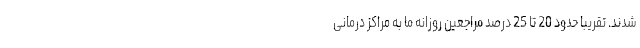
شدند. تقریبا حدود 20 تا 25 درصد مراجعین روزانه ما به مراکز درمانی